Indian journal of veterinary science and animal husbandry - Volumes 22-23, 1952-1953
Year: 1952
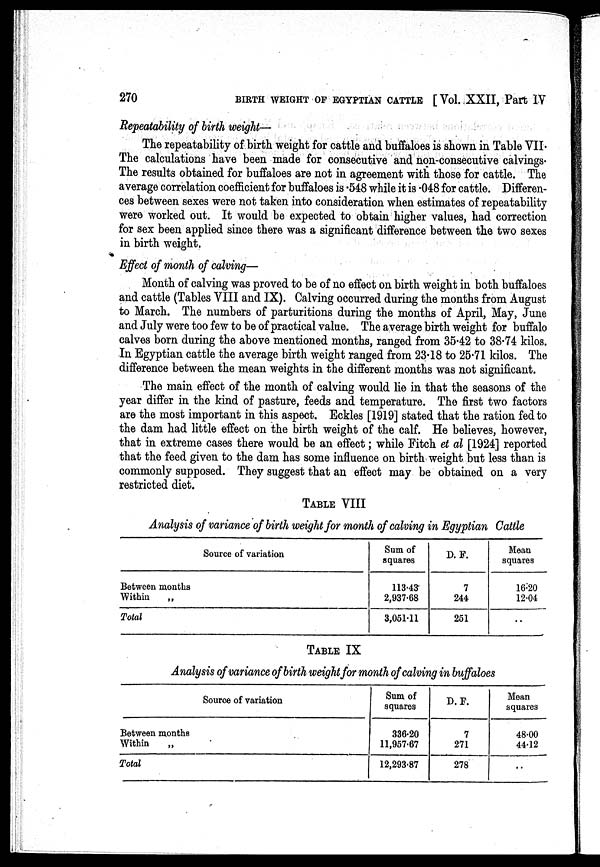
270
BIRTH WEIGHT OF EGYPTIAN CATTLE [Vol., XXII, Part IV
Repeatability of birth weight—
The repeatability of birth weight for cattle and buffaloes is shown in Table VII.
The calculations have been made for consecutive and non-consecutive calvings.
The results obtained for buffaloes are not in agreement with those for cattle. The
average correlation coefficient for buffaloes is .548 while it is .048 for cattle. Differen-
ces between sexes were not taken into consideration when estimates of repeatability
were worked out. It would be expected to obtain higher values, had correction
for sex been applied since there was a significant difference between the two sexes
in birth weight.
Effect of month of calving—
Month of calving was proved to be of no effect on birth weight in both buffaloes
and cattle (Tables VIII and IX). Calving occurred during the months from August
to March. The numbers of parturitions during the months of April, May, June
and July were too few to be of practical value. The average birth weight for buffalo
calves born during the above mentioned months, ranged from 35.42 to 38.74 kilos.
In Egyptian cattle the average birth weight ranged from 23.18 to 25.71 kilos. The
difference between the mean weights in the different months was not significant.
The main effect of the month of calving would lie in that the seasons of the
year differ in the kind of pasture, feeds and temperature. The first two factors
are the most important in this aspect. Eckles [1919] stated that the ration fed to
the dam had little effect on the birth weight of the calf. He believes, however,
that in extreme cases there would be an effect; while Fitch et al [1924] reported
that the feed given to the dam has some influence on birth weight but less than is
commonly supposed. They suggest that an effect may be obtained on a very
restricted diet.
TABLE VIII
Analysis of variance of birth weight for month of calving in Egyptian Cattle
Source of variation
Between months
Within
Total
Sum of
squares
113.43
2,937.68
3,051.11
D. F.
7
244
251
Mean
squares
16.20
12.04
TABLE IX
Analysis of variance of birth weight for month of calving in buffaloes
Source of variation
Between months
Within
Total
Sum of
squares
336.20
11,957.67
12,293.87
D. F.
7
271
278
Mean
squares
48.00
44.12
..